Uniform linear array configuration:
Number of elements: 48
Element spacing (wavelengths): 0.75
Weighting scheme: cosine
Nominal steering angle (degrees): -15
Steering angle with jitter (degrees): -16.582
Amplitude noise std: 0.05
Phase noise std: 0.05

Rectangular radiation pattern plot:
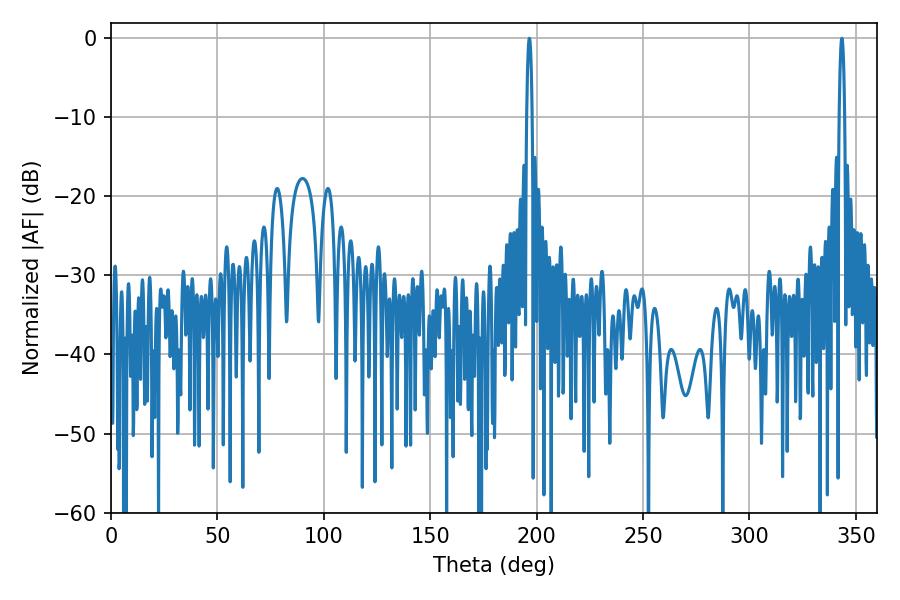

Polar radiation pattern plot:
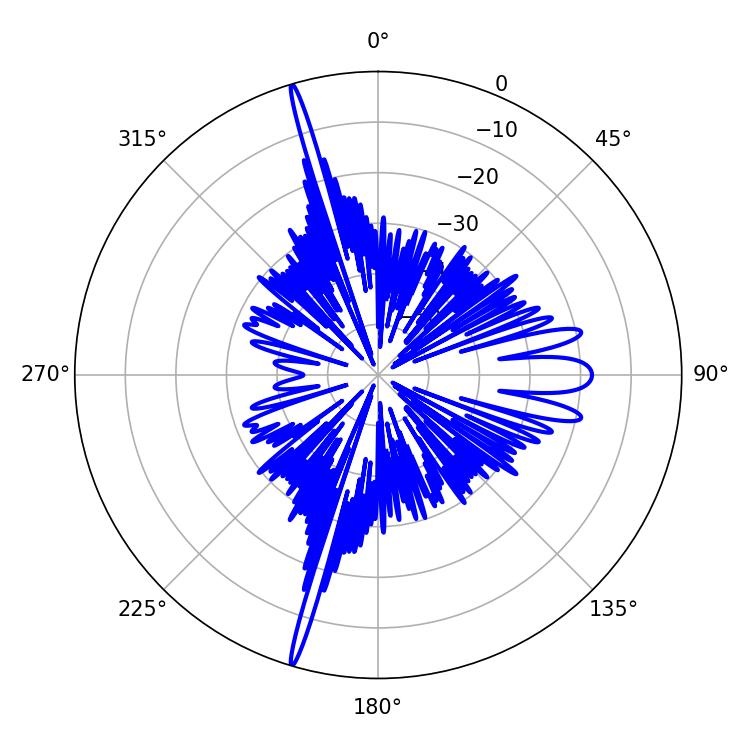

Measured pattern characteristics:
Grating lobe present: TRUE
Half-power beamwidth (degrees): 1.44
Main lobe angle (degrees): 196.56